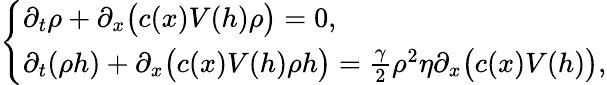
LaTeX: \left\{ \begin{array}{ll}{\partial_{t}\rho+\partial_{x}\bigl(c(x)V(h)\rho\bigr)=0,}\\ {\partial_{t}(\rho h)+\partial_{x}\bigl(c(x)V(h)\rho h\bigr)=\frac{\gamma}{2}\rho^{2}\eta\partial_{x}\bigl(c(x)V(h)\bigr),}\end{array}\right.